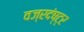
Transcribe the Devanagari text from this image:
वज्रदंष्ट्र